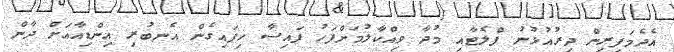
އެދެމަފިރިން ދިރުއުޅުނު ފްލެޓާއި މުދާ ވިއްކާލުމަށްފަހު ފައިސާ ހިފައިގެން އެނބުރި އިންޑިއާއަށް ދާން